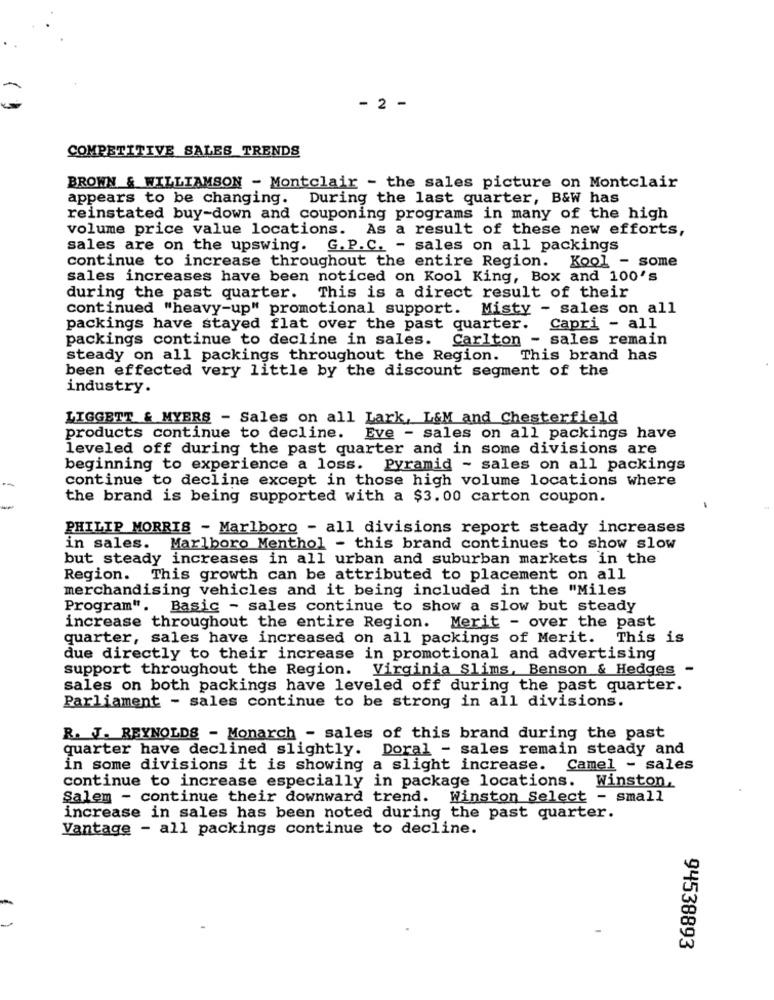
- 2 -
COMPETITIVE SALES TRENDS
BROWN & WILLIAMSON - Montclair - the sales picture on Montclair
appears to be changing. During the last quarter, B&W has
reinstated buy-down and couponing programs in many of the high
volume price value locations. As a result of these new efforts,
sales are on the upswing. G. P.C. - sales on all packings
continue to increase throughout the entire Region. Kool - some
sales increases have been noticed on Kool King, Box and 100's
during the past quarter. This is a direct result of their
continued "heavy-up" promotional support. Misty - sales on all
packings have stayed flat over the past quarter. Capri - all
packings continue to decline in sales. Carlton - sales remain
steady on all packings throughout the Region. This brand has
been effected very little by the discount segment of the
industry.
LIGGETT & MYERS - Sales on all Lark, L&M and Chesterfield
products continue to decline. Eve - sales on all packings have
leveled off during the past quarter and in some divisions are
beginning to experience a loss. Pyramid - sales on all packings
continue to decline except in those high volume locations where
-
the brand is being supported with a $3.00 carton coupon.
-
PHILIP MORRIS - Marlboro - all divisions report steady increases
in sales. Marlboro Menthol - this brand continues to show slow
but steady increases in all urban and suburban markets in the
Region. This growth can be attributed to placement on all
merchandising vehicles and it being included in the "Miles
Program". Basic - sales continue to show a slow but steady
increase throughout the entire Region. Merit - over the past
quarter, sales have increased on all packings of Merit.
This is
due directly to their increase in promotional and advertising
support throughout the Region.
Virginia Slims, Benson & Hedges -
sales on both packings have leveled off during the past quarter.
Parliament - sales continue to be strong in all divisions.
R. J. REYNOLDS - Monarch - sales of this brand during the past
quarter have declined slightly. Doral - sales remain steady and
in some divisions it is showing a slight increase.
Camel - sales
continue to increase especially in package locations. Winston,
Salem - continue their downward trend. Winston Select - small
increase in sales has been noted during the past quarter.
Vantage - all packings continue to decline.
94538893